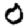
Digit: 0